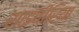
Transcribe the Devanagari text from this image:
साइवीरिया